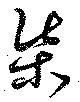
渠